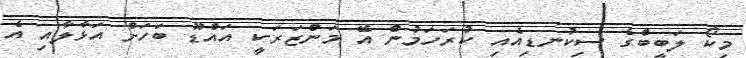
މިކޯ ލަބީބްގެ ސިކުނޑިއެއި ކުރަހަމުން އޭ މަންޒަރަކީ އައްޑޫ ބަހަށް އަޅާލާއި އެ